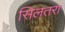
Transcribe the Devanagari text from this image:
सिलतरा